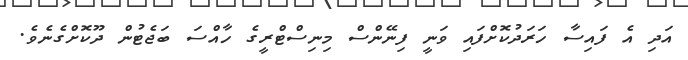
އަދި އެ ފައިސާ ހަރަދުކޮށްފައި ވަނީ ފިނޭންސް މިނިސްޓްރީގެ ހާއްސަ ބަޖެޓުން ދޫކޮށްގެނެވެ.